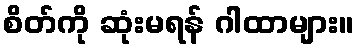
စိတ်ကို ဆုံးမရန် ဂါထာများ။